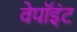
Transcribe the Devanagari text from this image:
वेपॉइंट